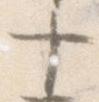
十